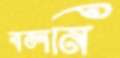
বলনি